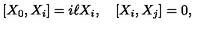
[ X _ { 0 } , X _ { i } ] = i \ell X _ { i } , \quad [ X _ { i } , X _ { j } ] = 0 ,